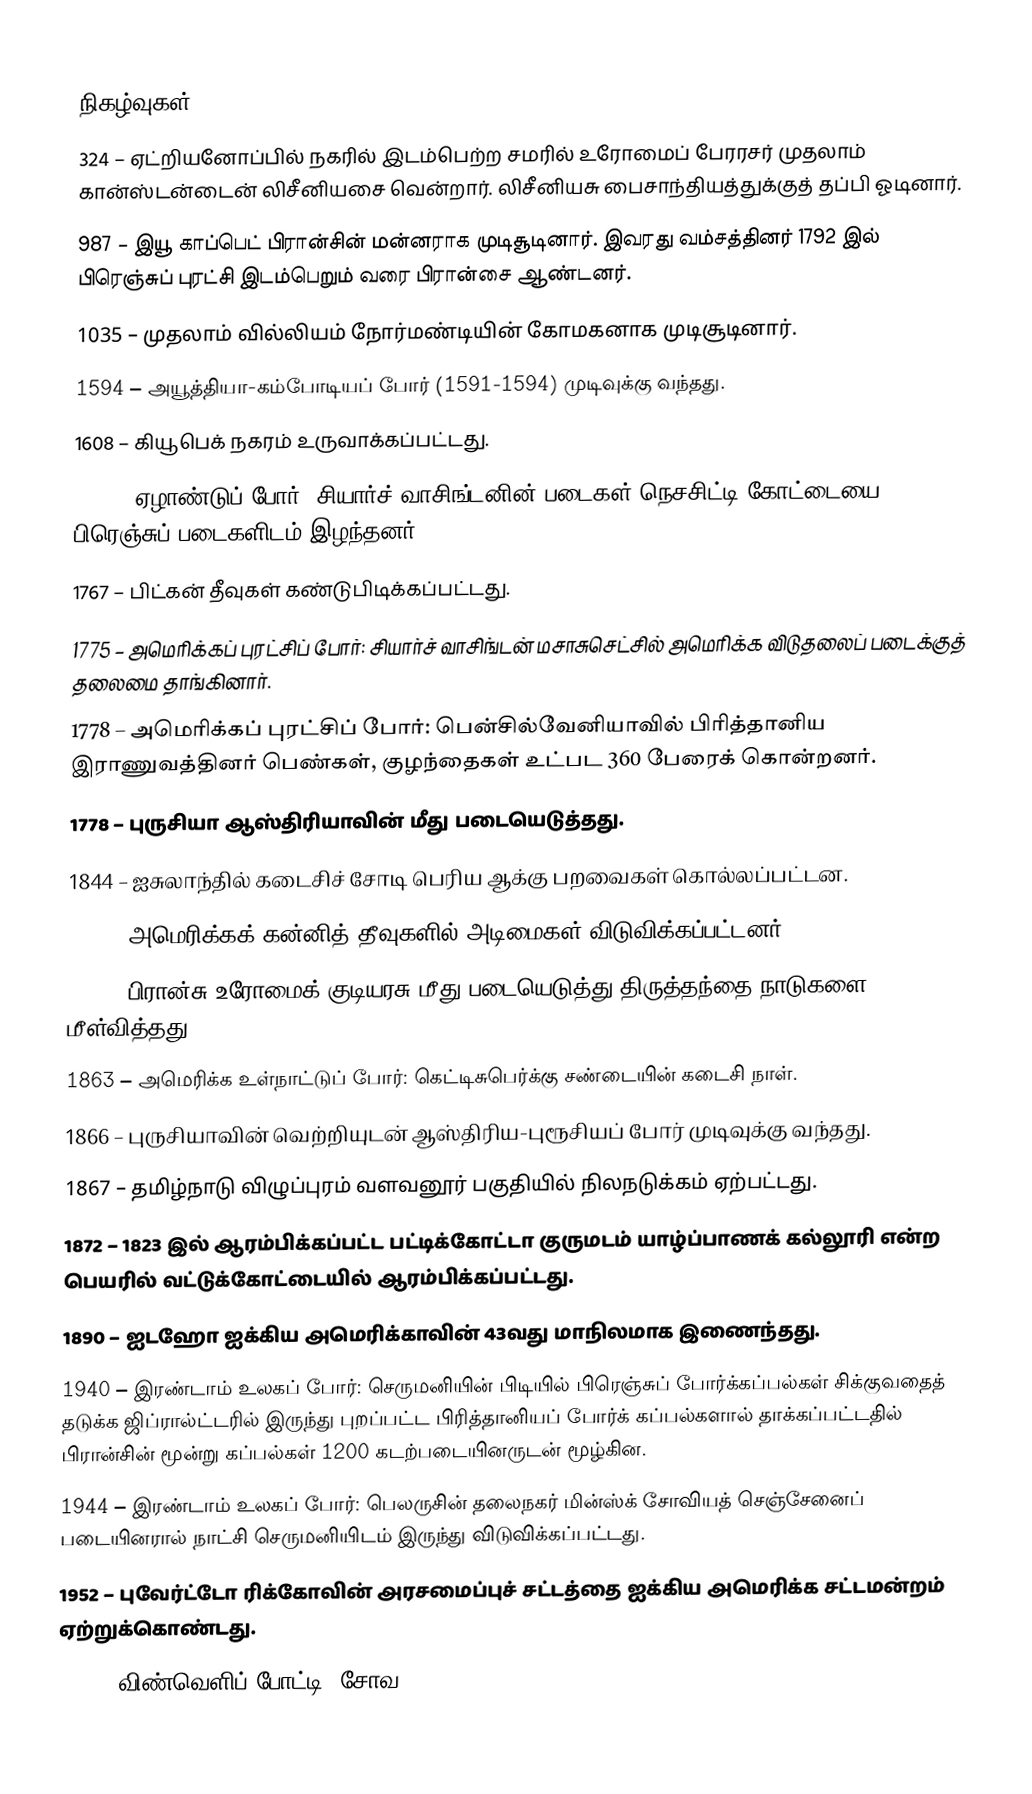

நிகழ்வுகள்
 324 – ஏட்றியனோப்பில் நகரில் இடம்பெற்ற சமரில் உரோமைப் பேரரசர் முதலாம் கான்ஸ்டன்டைன் லிசீனியசை வென்றார். லிசீனியசு பைசாந்தியத்துக்குத் தப்பி ஓடினார்.
 987 – இயூ காப்பெட் பிரான்சின் மன்னராக முடிசூடினார். இவரது வம்சத்தினர் 1792 இல் பிரெஞ்சுப் புரட்சி இடம்பெறும் வரை பிரான்சை ஆண்டனர்.
1035 – முதலாம் வில்லியம் நோர்மண்டியின் கோமகனாக முடிசூடினார்.
1594 – அயூத்தியா-கம்போடியப் போர் (1591-1594) முடிவுக்கு வந்தது.
1608 – கியூபெக் நகரம் உருவாக்கப்பட்டது.
1754 – ஏழாண்டுப் போர்: சியார்ச் வாசிங்டனின் படைகள் நெசசிட்டி கோட்டையை பிரெஞ்சுப் படைகளிடம் இழந்தனர்.
1767 – பிட்கன் தீவுகள் கண்டுபிடிக்கப்பட்டது.
1775 – அமெரிக்கப் புரட்சிப் போர்: சியார்ச் வாசிங்டன் மசாசுசெட்சில் அமெரிக்க விடுதலைப் படைக்குத் தலைமை தாங்கினார்.
1778 – அமெரிக்கப் புரட்சிப் போர்: பென்சில்வேனியாவில் பிரித்தானிய இராணுவத்தினர் பெண்கள், குழந்தைகள் உட்பட 360 பேரைக் கொன்றனர்.
1778 – புருசியா ஆஸ்திரியாவின் மீது படையெடுத்தது.
1844 – ஐசுலாந்தில் கடைசிச் சோடி பெரிய ஆக்கு பறவைகள் கொல்லப்பட்டன.
1848 – அமெரிக்கக் கன்னித் தீவுகளில் அடிமைகள் விடுவிக்கப்பட்டனர்.
1849 – பிரான்சு உரோமைக் குடியரசு மீது படையெடுத்து திருத்தந்தை நாடுகளை மீள்வித்தது.
1863 – அமெரிக்க உள்நாட்டுப் போர்: கெட்டிசுபெர்க்கு சண்டையின் கடைசி நாள்.
1866 – புருசியாவின் வெற்றியுடன் ஆஸ்திரிய-புரூசியப் போர் முடிவுக்கு வந்தது.
1867 – தமிழ்நாடு விழுப்புரம் வளவனூர் பகுதியில் நிலநடுக்கம் ஏற்பட்டது.
1872 – 1823 இல் ஆரம்பிக்கப்பட்ட பட்டிக்கோட்டா குருமடம் யாழ்ப்பாணக் கல்லூரி என்ற பெயரில் வட்டுக்கோட்டையில் ஆரம்பிக்கப்பட்டது.
1890 – ஐடஹோ ஐக்கிய அமெரிக்காவின் 43வது மாநிலமாக இணைந்தது.
1940 – இரண்டாம் உலகப் போர்: செருமனியின் பிடியில் பிரெஞ்சுப் போர்க்கப்பல்கள் சிக்குவதைத் தடுக்க ஜிப்ரால்ட்டரில் இருந்து புறப்பட்ட பிரித்தானியப் போர்க் கப்பல்களால் தாக்கப்பட்டதில் பிரான்சின் மூன்று கப்பல்கள் 1200 கடற்படையினருடன் மூழ்கின.
1944 – இரண்டாம் உலகப் போர்: பெலருசின் தலைநகர் மின்ஸ்க் சோவியத் செஞ்சேனைப் படையினரால் நாட்சி செருமனியிடம் இருந்து விடுவிக்கப்பட்டது.
1952 – புவேர்ட்டோ ரிக்கோவின் அரசமைப்புச் சட்டத்தை ஐக்கிய அமெரிக்க சட்டமன்றம் ஏற்றுக்கொண்டது.
1969 – விண்வெளிப் போட்டி: சோவ